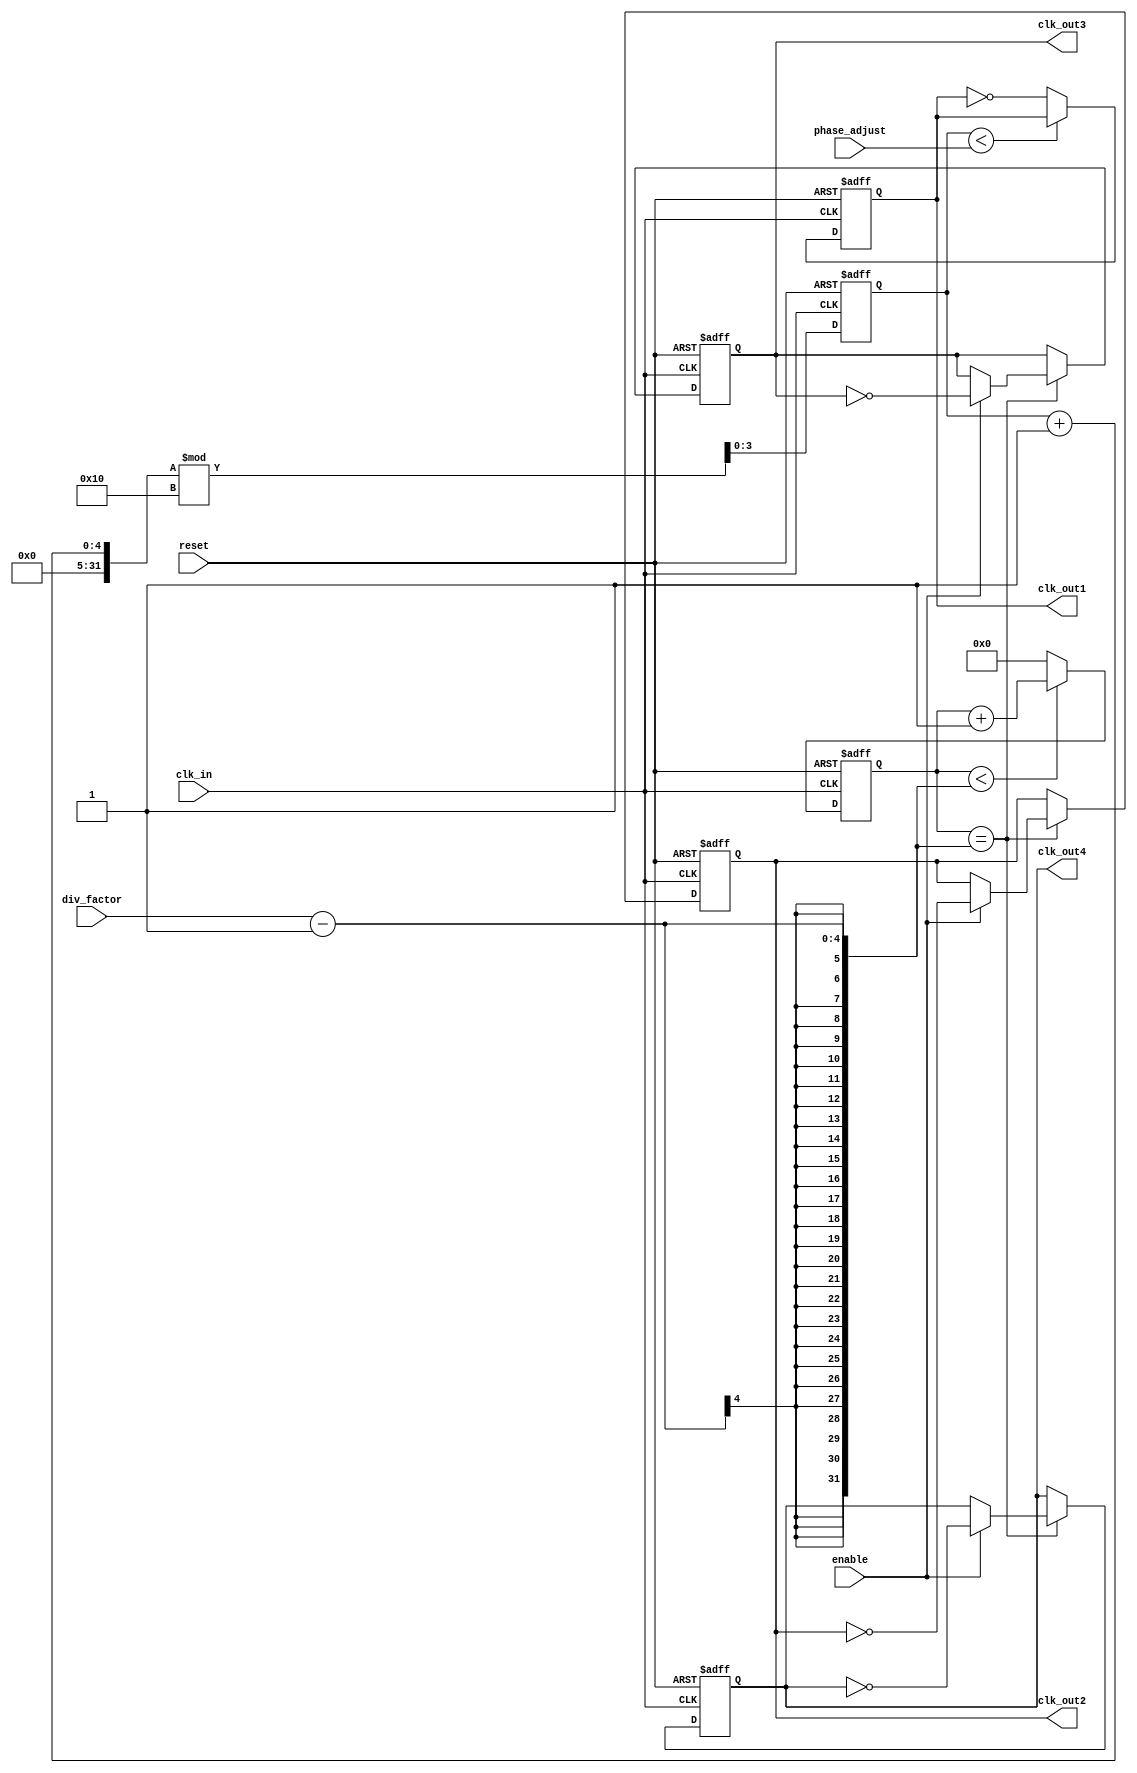
module ProgrammableClockBuffer (
    input wire clk_in,               // Input clock signal
    input wire reset,                // Asynchronous reset
    input wire [3:0] div_factor,     // Division factor for clock division (1-16)
    input wire [3:0] phase_adjust,   // Phase adjustment (0-15)
    input wire enable,               // Enable signal for clock output
    output reg clk_out1,             // Output clock 1
    output reg clk_out2,             // Output clock 2
    output reg clk_out3,             // Output clock 3
    output reg clk_out4              // Output clock 4
);

reg [3:0] counter;                  // Counter for clock division
reg [3:0] phase_counter;            // Phase adjustment counter

// Clock divider
always @(posedge clk_in or posedge reset) begin
    if (reset) begin
        counter <= 0;                // Reset counter
    end else begin
        if (counter < div_factor - 1) begin
            counter <= counter + 1;
        end else begin
            counter <= 0;
        end
    end
end

// Generate output clocks with phase adjustment
always @(posedge clk_in or posedge reset) begin
    if (reset) begin
        clk_out1 <= 0;
        clk_out2 <= 0;
        clk_out3 <= 0;
        clk_out4 <= 0;
        phase_counter <= 0;
    end else begin
        // Clock output logic with enable functionality
        if (counter == div_factor - 1) begin
            clk_out1 <= enable ? ~clk_out1 : clk_out1; // Toggle clock output 1
            clk_out2 <= enable ? ~clk_out2 : clk_out2; // Toggle clock output 2
            clk_out3 <= enable ? ~clk_out3 : clk_out3; // Toggle clock output 3
            clk_out4 <= enable ? ~clk_out4 : clk_out4; // Toggle clock output 4
        end

        // Phase adjustment implementation
        phase_counter <= (phase_counter + 1) % 16; // Cycle through 0-15
        if (phase_counter < phase_adjust) begin
            clk_out1 <= clk_out1; // Hold current state
        end else begin
            clk_out1 <= ~clk_out1; // Phase adjust output 1
        end

        // Similar phase adjustment can be applied to other outputs if needed
    end
end

endmodule